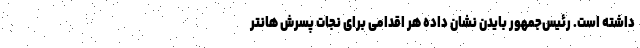
داشته است. رئیس‌جمهور بایدن نشان داده هر اقدامی برای نجات پسرش هانتر